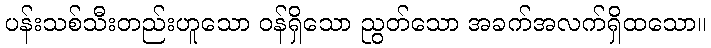
ပန်းသစ်သီးတည်းဟူသော ဝန်ရှိသော ညွတ်သော အခက်အလက်ရှိထသော။